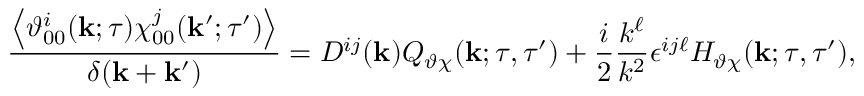
\frac { \left\langle { \vartheta _ { 0 0 } ^ { i } ( { \bf { k } } ; \tau ) \chi _ { 0 0 } ^ { j } ( { \bf { k } } ^ { \prime } ; \tau ^ { \prime } ) } \right\rangle } { \delta ( { \bf { k } } + { \bf { k } } ^ { \prime } ) } = D ^ { i j } ( { \bf { k } } ) Q _ { \vartheta \chi } ( { \bf { k } } ; \tau , \tau ^ { \prime } ) + \frac { i } { 2 } \frac { k ^ { \ell } } { k ^ { 2 } } \epsilon ^ { i j \ell } H _ { \vartheta \chi } ( { \bf { k } } ; \tau , \tau ^ { \prime } ) ,